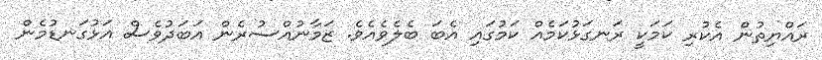
ރައްޔިތުން އެކުރި ކަމަކީ ރަނގަޅުކަމެއް ކަމުގައި އެބަ ބެލެވެއެވެ. ޒަމާނުއްސުރެން އަބަދުވެސް އަޅުގަނޑުމެން